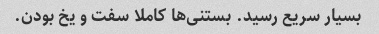
بسیار سریع رسید. بستنی‌ها کاملا سفت و یخ بودن.